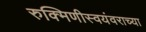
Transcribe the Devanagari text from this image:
रुक्मिणीस्वयंवराच्या